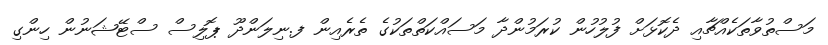
މަސްތުވާތަކެއްޗާއި ދެކޮޅަށް ފުލުހުން ކުރަމުންދާ މަސައްކަތްތަކުގެ ތެރެއިން ފ.ނިލަންދޫ ޕޮލިސް ސްޓޭޝަނުން ހިންގި